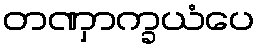
တဏှာက္ခယံပေ